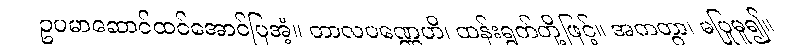
ဥပမာဆောင်ထင်အောင်ပြအံ့။ တာလပဏ္ဏေဟိ၊ ထန်းရွက်တို့ဖြင့်။ အကတွာ၊ မပြုမူ၍။